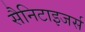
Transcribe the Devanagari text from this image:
सैनिटाइजर्स